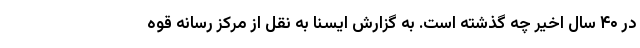
در ۴۰ سال اخیر چه گذشته است. به گزارش ایسنا به نقل از مرکز رسانه قوه